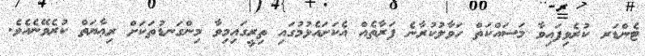
ޓެންޑަރ ކުރެވިފައިވާ މަސައްކަތް ހަވާލުކުރާނެ ފަރާތެއް އެކަށައެޅުމުގައި ތިރީގައިމިވާ މިންގަނޑުތަކަށް ރިޢާޔަތް ކުރެވޭނެއެވެ.